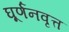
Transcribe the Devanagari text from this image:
घूर्णनवृत्त